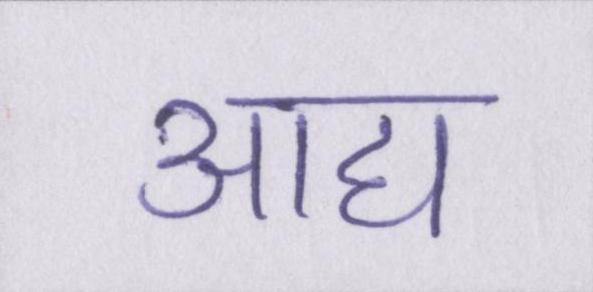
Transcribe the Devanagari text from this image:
आद्य